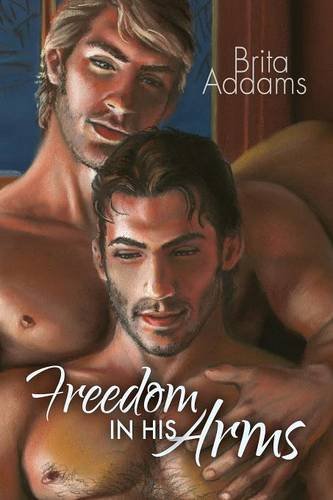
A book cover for Freedom in His Arms; Brita Addams; Romance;